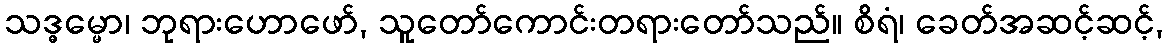
သဒ္ဓမ္မော၊ ဘုရားဟောဖော်, သူတော်ကောင်းတရားတော်သည်။ စိရံ၊ ခေတ်အဆင့်ဆင့်,